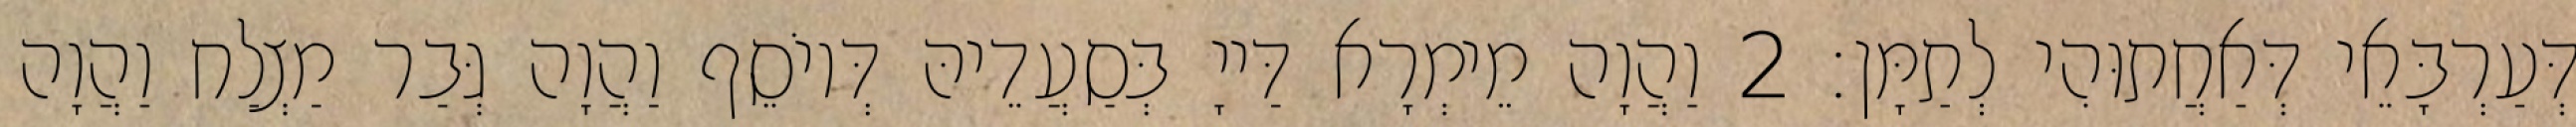
דְּעַרְבָּאֵי דְּאַחֲתוּהִי לְתַמָּן׃ 2 וַהֲוָה מֵימְרָא דַּייָ בְּסַעֲדֵיהּ דְּיוֹסֵף וַהֲוָה גְּבַר מַצְלַח וַהֲוָה